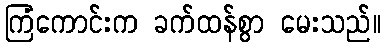
ကြံကောင်းက ခက်ထန်စွာ မေးသည်။